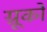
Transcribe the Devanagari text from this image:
ग्रूको